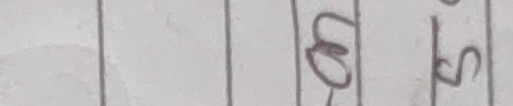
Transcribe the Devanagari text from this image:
घस